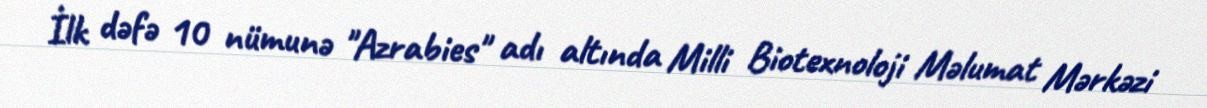
İlk dəfə 10 nümunə "Azrabies" adı altında Milli Biotexnoloji Məlumat Mərkəzi